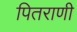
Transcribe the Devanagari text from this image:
पितराणी